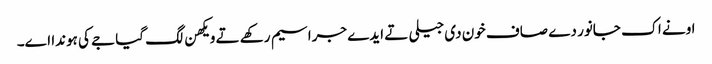
اونے اک جانور دے صاف خون دی جیلی تے ایدے جراسیم رکھے تے ویکھن لگ گیا جے کی ہوندا اے۔